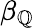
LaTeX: \beta_{\mathbb{Q}}